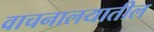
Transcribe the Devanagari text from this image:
वाचनालयातील